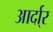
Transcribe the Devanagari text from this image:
आर्दा्र